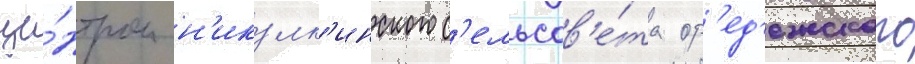
це́нтром н'икулк'инского с'ельсов'е́та ор'ед'ежского